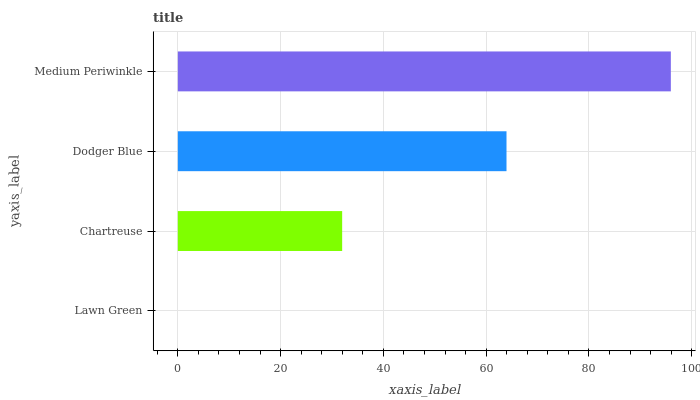
| yaxis_label | bars |
 | --- | --- |
 | Lawn Green | 0 |
 | Chartreuse | 32 |
 | Dodger Blue | 64 |
 | Medium Periwinkle | 95.9 |